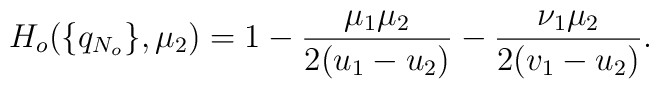
H_o(\{q_{N_o}\},\mu_2)=1-\frac{\mu_1\mu_2}{2(u_1-u_2)}-\frac{\nu_1\mu_2}{2(v_1-u_2)}.